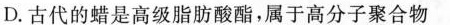
D.古代的蜡是高级脂肪酸酯，属于高分子聚合物